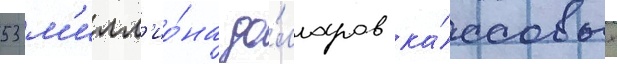
53 м'илл'ио́на до́лларов ка́ссовых